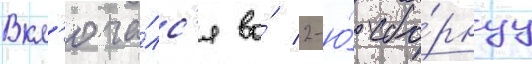
Вкл'юча́лс'я во́ 2-ю́ сбо́рнуу